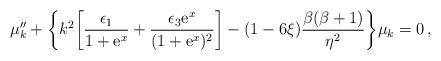
LaTeX: \begin{align*} \mu _k''+\biggl\{k^2\biggl[\frac{\epsilon _1} {1+{\rm e}^{x}} +\frac{\epsilon_3{\rm e}^{x}}{ (1+{\rm e}^{x})^2}\biggr]-(1-6\xi )\frac{\beta(\beta+1)}{\eta ^2}\biggr\}\mu _k=0\, ,\end{align*}